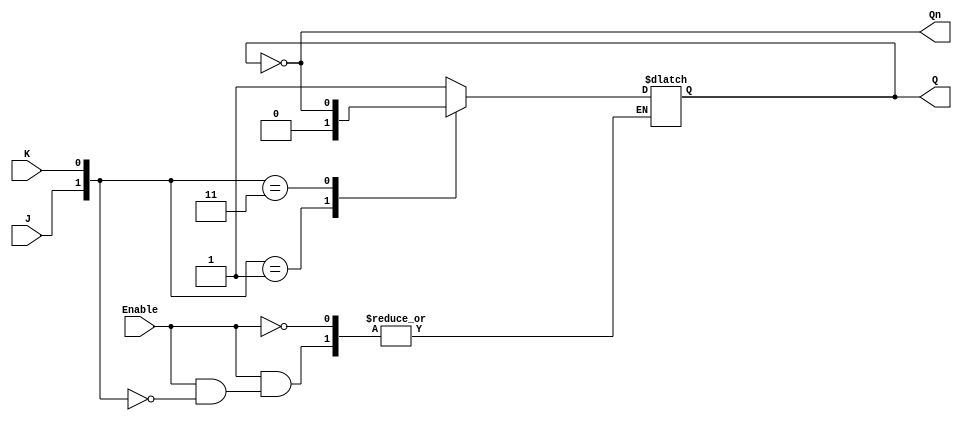
module gated_jk_latch (
    input wire J,       // Set input
    input wire K,       // Reset input
    input wire Enable,  // Clock/Enable signal
    output reg Q,       // Current state output
    output wire Qn      // Inverted current state output (Q NOT)
);

    // Inverted output
    assign Qn = ~Q;

    // Always block for the gated JK latch behavior
    always @(*) begin
        if (Enable) begin
            case ({J, K})
                2'b10: Q = 1'b1;  // J = 1, K = 0: Set Q to 1
                2'b01: Q = 1'b0;  // J = 0, K = 1: Reset Q to 0
                2'b11: Q = ~Q;    // J = 1, K = 1: Toggle Q
                2'b00: Q = Q;     // J = 0, K = 0: Hold current state
                default: Q = Q;   // Default case (should not occur)
            endcase
        end
        // If Enable is low, retain the previous state (Q is not changed)
    end

endmodule